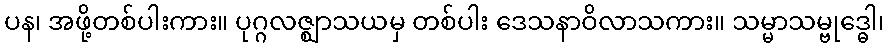
ပန၊ အဖို့တစ်ပါးကား။ ပုဂ္ဂလဇ္ဈာသယမှ တစ်ပါး ဒေသနာဝိလာသကား။ သမ္မာသမ္ဗုဒ္ဓေါ၊